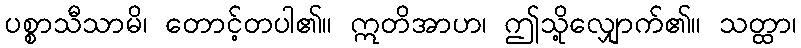
ပစ္စာသီသာမိ၊ တောင့်တပါ၏။ ဣတိအာဟ၊ ဤသို့လျှောက်၏။ သတ္ထာ၊